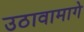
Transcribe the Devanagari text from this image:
उठावामागे